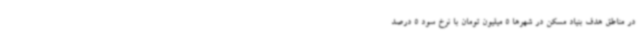
در مناطق هدف بنیاد مسکن در شهرها 5 میلیون تومان با نرخ سود 5 درصد